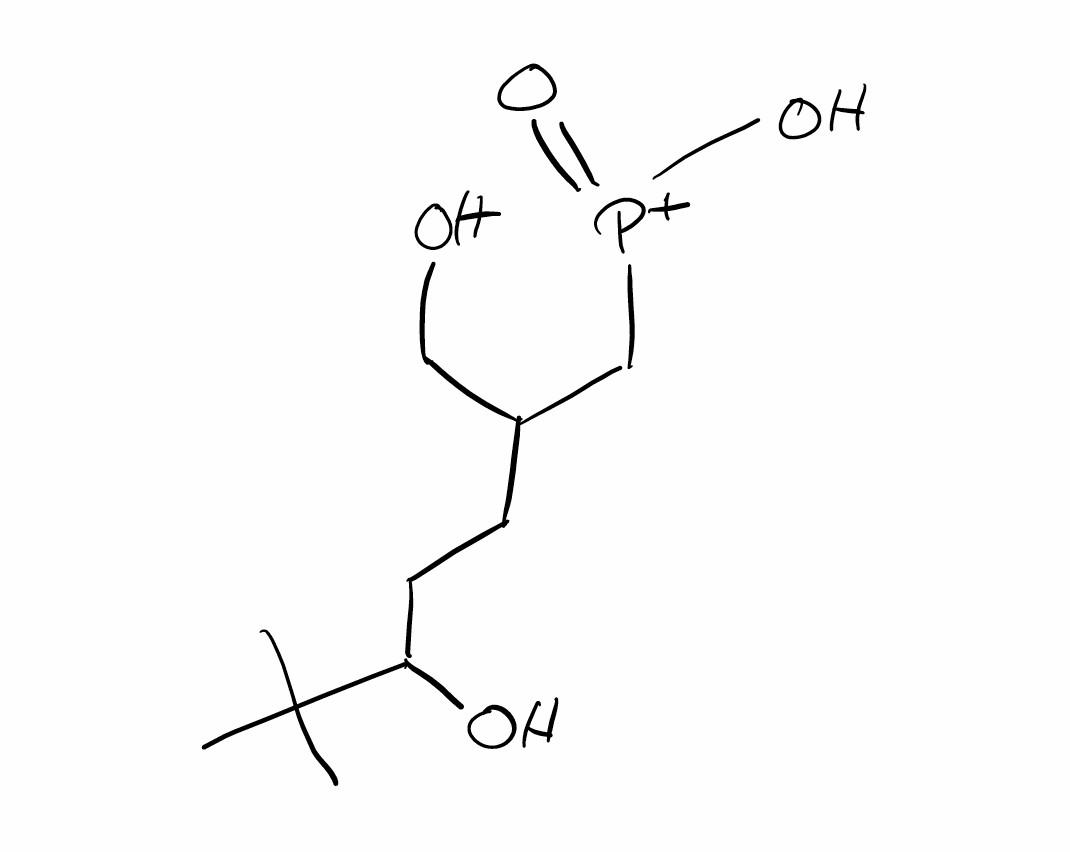
Simplified molecular-input line-entry system (SMILES) notation of the given molecule:
CC(C)(C)C(CCC(CO)C[P+](=O)O)O